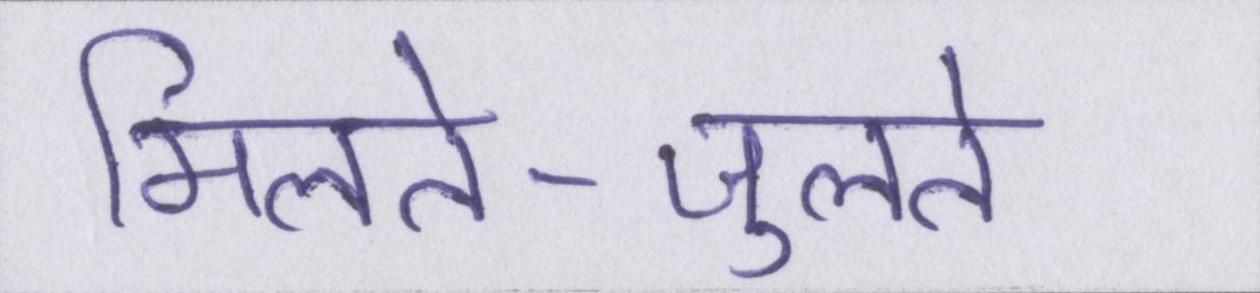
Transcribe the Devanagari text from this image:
मिलते-जुलते